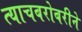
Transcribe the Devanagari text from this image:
त्याचबरोबरीने